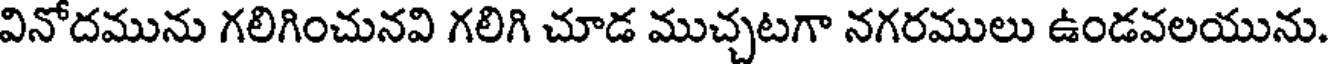
వినోదమును గలిగించునవి గలిగి చూడ ముచ్చటగా నగరములు ఉండవలయును.